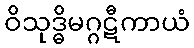
ဝိသုဒ္ဓိမဂ္ဂဋီကာယံ